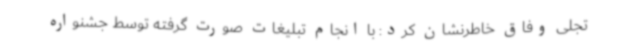
تجلی وفاق خاطرنشان کرد: با انجام تبلیغات صورت گرفته توسط جشنواره